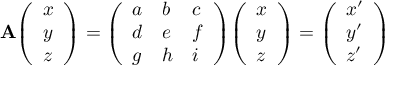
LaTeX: \mathbf { A } { \left( \begin{array} { l } { x } \\ { y } \\ { z } \end{array} \right) } = { \left( \begin{array} { l l l } { a } & { b } & { c } \\ { d } & { e } & { f } \\ { g } & { h } & { i } \end{array} \right) } { \left( \begin{array} { l } { x } \\ { y } \\ { z } \end{array} \right) } = { \left( \begin{array} { l } { x ^ { \prime } } \\ { y ^ { \prime } } \\ { z ^ { \prime } } \end{array} \right) }